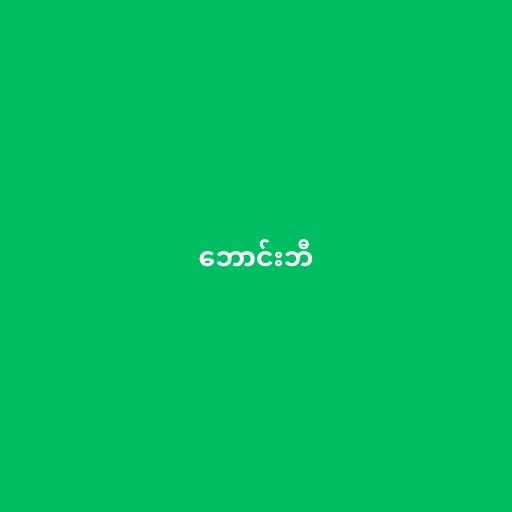
ဘောင်းဘီ